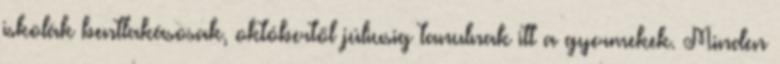
iskolák bentlakásosak, októbertől júliusig tanulnak itt a gyermekek. Minden